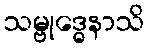
သမ္ဗုဒ္ဓေနာသိ